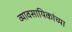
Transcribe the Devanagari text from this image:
व्यावसायिकांच्या